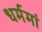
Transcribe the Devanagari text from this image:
धर्ममां